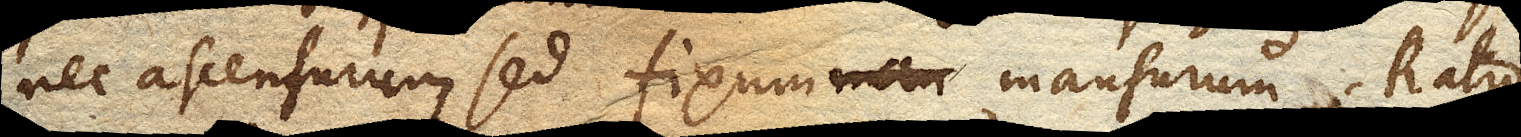
nec ascensurum, sed fixum mansurum. Ratio